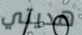
هديتي